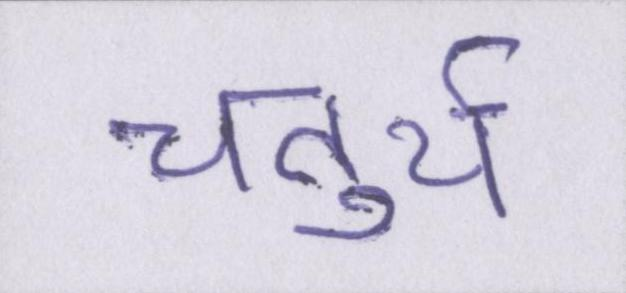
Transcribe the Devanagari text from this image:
चतुर्थ